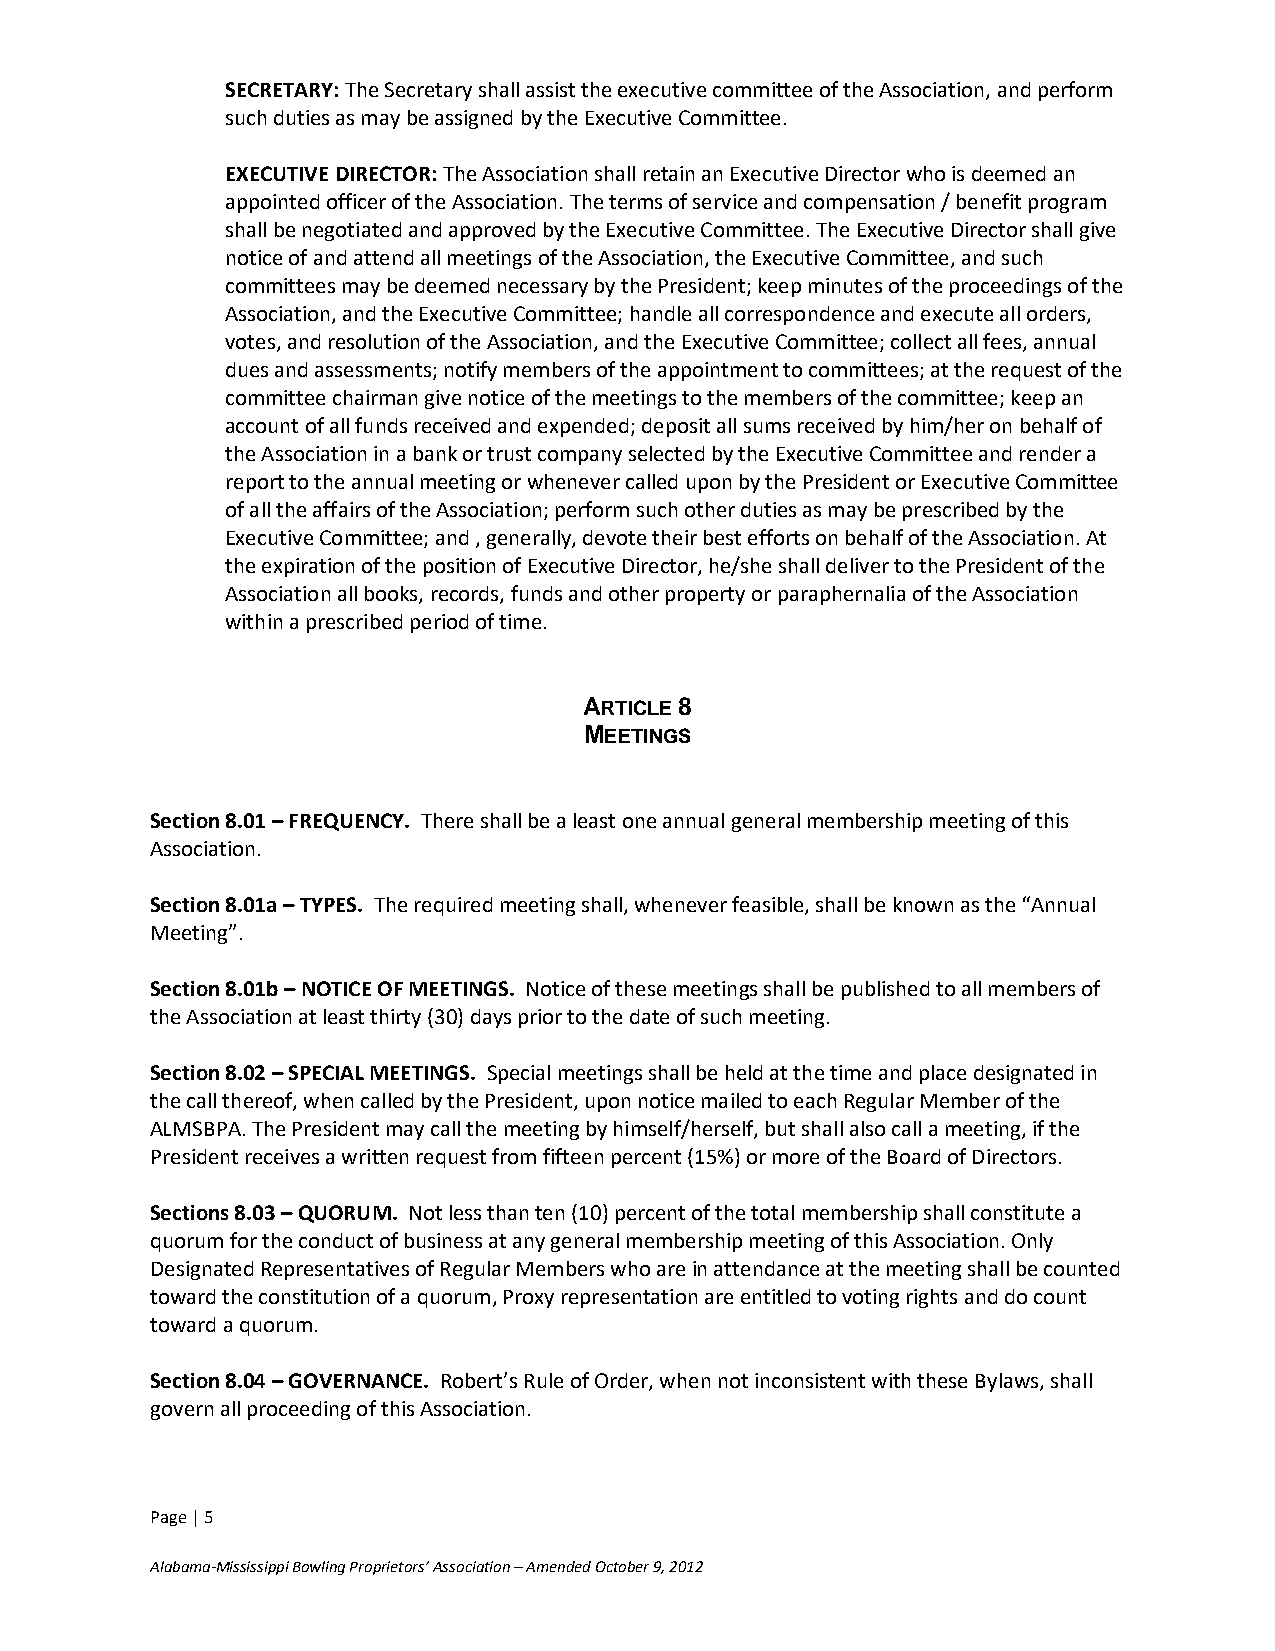
SECRETARY: The Secretary shall assist the executive committee of the Association, and perform
 such duties as may be assigned by the Executive Committee.
 EXECUTIVE DIRECTOR: The Association shall retain an Executive Director who is deemed an
 appointed officer of the Association. The terms of service and compensation / benefit program
 shall be negotiated and approved by the Executive Committee. The Executive Director shall give
 notice of and attend all meetings of the Association, the Executive Committee, and such
 committees may be deemed necessary by the President; keep minutes of the proceedings of the
 Association, and the Executive Committee; handle all correspondence and execute all orders,
 votes, and resolution of the Association, and the Executive Committee; collect all fees, annual
 dues and assessments; notify members of the appointment to committees; at the request of the
 committee chairman give notice of the meetings to the members of the committee; keep an
 account of all funds received and expended; deposit all sums received by him/her on behalf of
 the Association in a bank or trust company selected by the Executive Committee and render a
 report to the annual meeting or whenever called upon by the President or Executive Committee
 of all the affairs of the Association; perform such other duties as may be prescribed by the
 Executive Committee; and , generally, devote their best efforts on behalf of the Association. At
 the expiration of the position of Executive Director, he/she shall deliver to the President of the
 Association all books, records, funds and other property or paraphernalia of the Association
 within a prescribed period of time.
 ARTICLE 8
 MEETINGS
 Section 8.01 – FREQUENCY. There shall be a least one annual general membership meeting of this
 Association.
 Section 8.01a – TYPES. The required meeting shall, whenever feasible, shall be known as the “Annual
 Meeting”.
 Section 8.01b – NOTICE OF MEETINGS. Notice of these meetings shall be published to all members of
 the Association at least thirty (30) days prior to the date of such meeting.
 Section 8.02 – SPECIAL MEETINGS. Special meetings shall be held at the time and place designated in
 the call thereof, when called by the President, upon notice mailed to each Regular Member of the
 ALMSBPA. The President may call the meeting by himself/herself, but shall also call a meeting, if the
 President receives a written request from fifteen percent (15%) or more of the Board of Directors.
 Sections 8.03 – QUORUM. Not less than ten (10) percent of the total membership shall constitute a
 quorum for the conduct of business at any general membership meeting of this Association. Only
 Designated Representatives of Regular Members who are in attendance at the meeting shall be counted
 toward the constitution of a quorum, Proxy representation are entitled to voting rights and do count
 toward a quorum.
 Section 8.04 – GOVERNANCE. Robert’s Rule of Order, when not inconsistent with these Bylaws, shall
 govern all proceeding of this Association.
 Page | 5
 Alabama-Mississippi Bowling Proprietors’ Association – Amended October 9, 2012